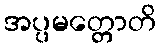
အပ္ပမတ္တောတိ